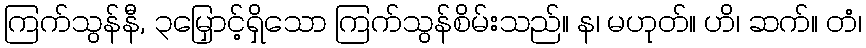
ကြက်သွန်နီ, ၃မြှောင့်ရှိသော ကြက်သွန်စိမ်းသည်။ န၊ မဟုတ်။ ဟိ၊ ဆက်။ တံ၊